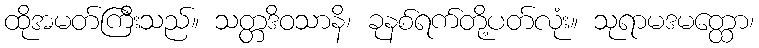
ထိုအမတ်ကြီးသည်။ သတ္တဒိဝသာနိ၊ ခုနစ်ရက်တို့ပတ်လုံး။ သုရာမဒမတ္ထော၊